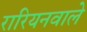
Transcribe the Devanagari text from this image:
रारियनवाले